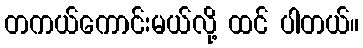
တကယ်ကောင်းမယ်လို့ ထင် ပါတယ်။